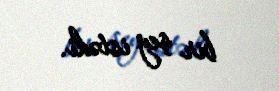
bir şey istədi.